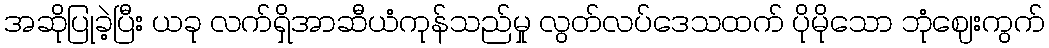
အဆိုပြုခဲ့ပြီး ယခု လက်ရှိအာဆီယံကုန်သည်မှု လွတ်လပ်ဒေသထက် ပိုမိုသော ဘုံဈေးကွက်